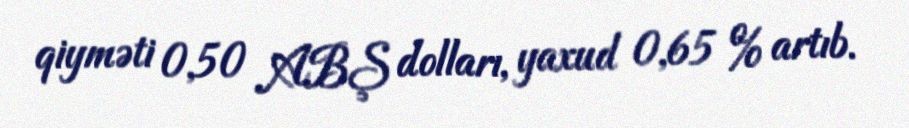
qiyməti 0,50 ABŞ dolları, yaxud 0,65 % artıb.